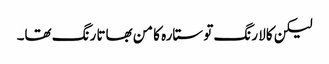
لیکن کالا رنگ تو ستارہ کا من بھاتا رنگ تھا۔